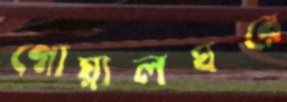
গোয়ালঘরে